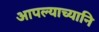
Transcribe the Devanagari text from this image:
आपल्याच्यानि